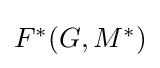
{\textstyle F^{\ast }(G,M^{\ast })}